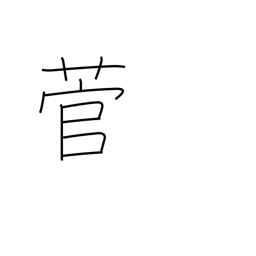
Meaning: sedge